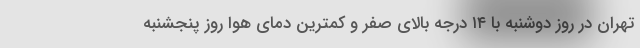
تهران در روز دوشنبه با ۱۴ درجه بالای صفر و کمترین دمای هوا روز پنجشنبه